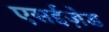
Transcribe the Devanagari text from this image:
एसईज़ेड